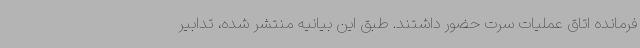
فرمانده اتاق عملیات سرت حضور داشتند. طبق این بیانیه منتشر شده،‌ تدابیر